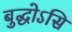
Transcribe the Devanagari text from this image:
बुद्धोऽसि